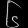
Digit: ၆